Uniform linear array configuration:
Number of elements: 32
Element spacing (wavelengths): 0.5
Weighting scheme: binomial
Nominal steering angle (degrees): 60
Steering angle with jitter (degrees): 59.006
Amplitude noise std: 0.05
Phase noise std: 0.05

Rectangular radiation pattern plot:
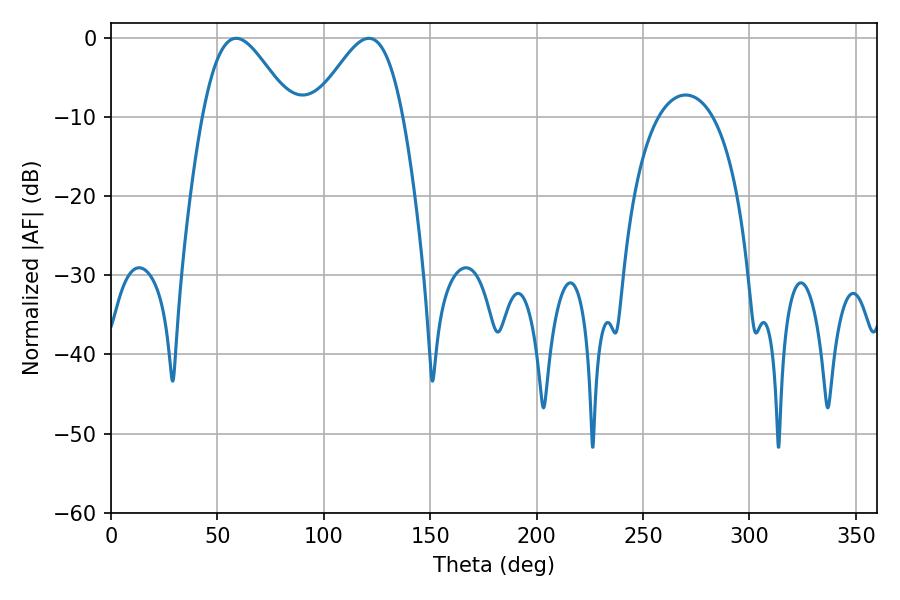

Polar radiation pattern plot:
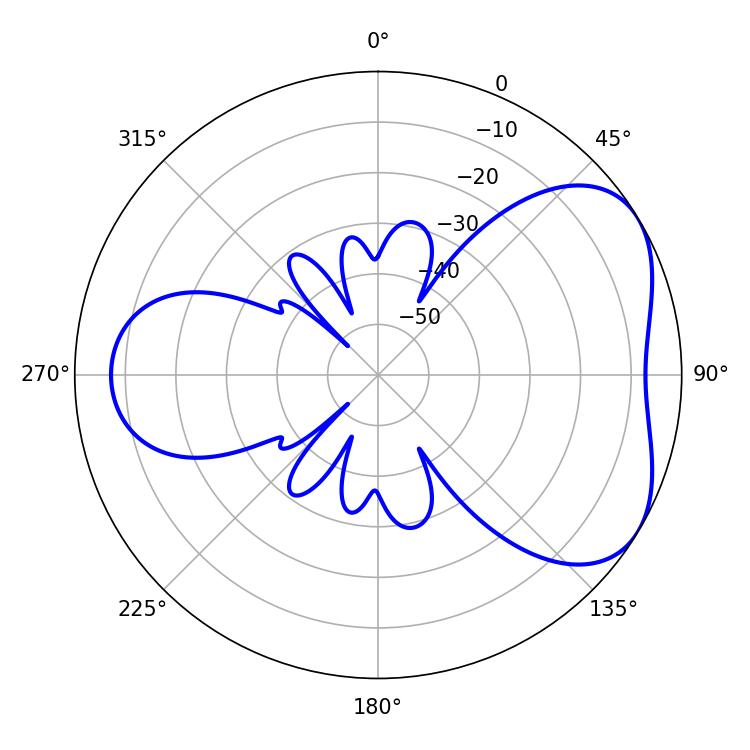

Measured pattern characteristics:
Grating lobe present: FALSE
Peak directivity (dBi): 4.686
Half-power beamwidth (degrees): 22.14
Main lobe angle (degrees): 58.86